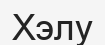
Хэлу